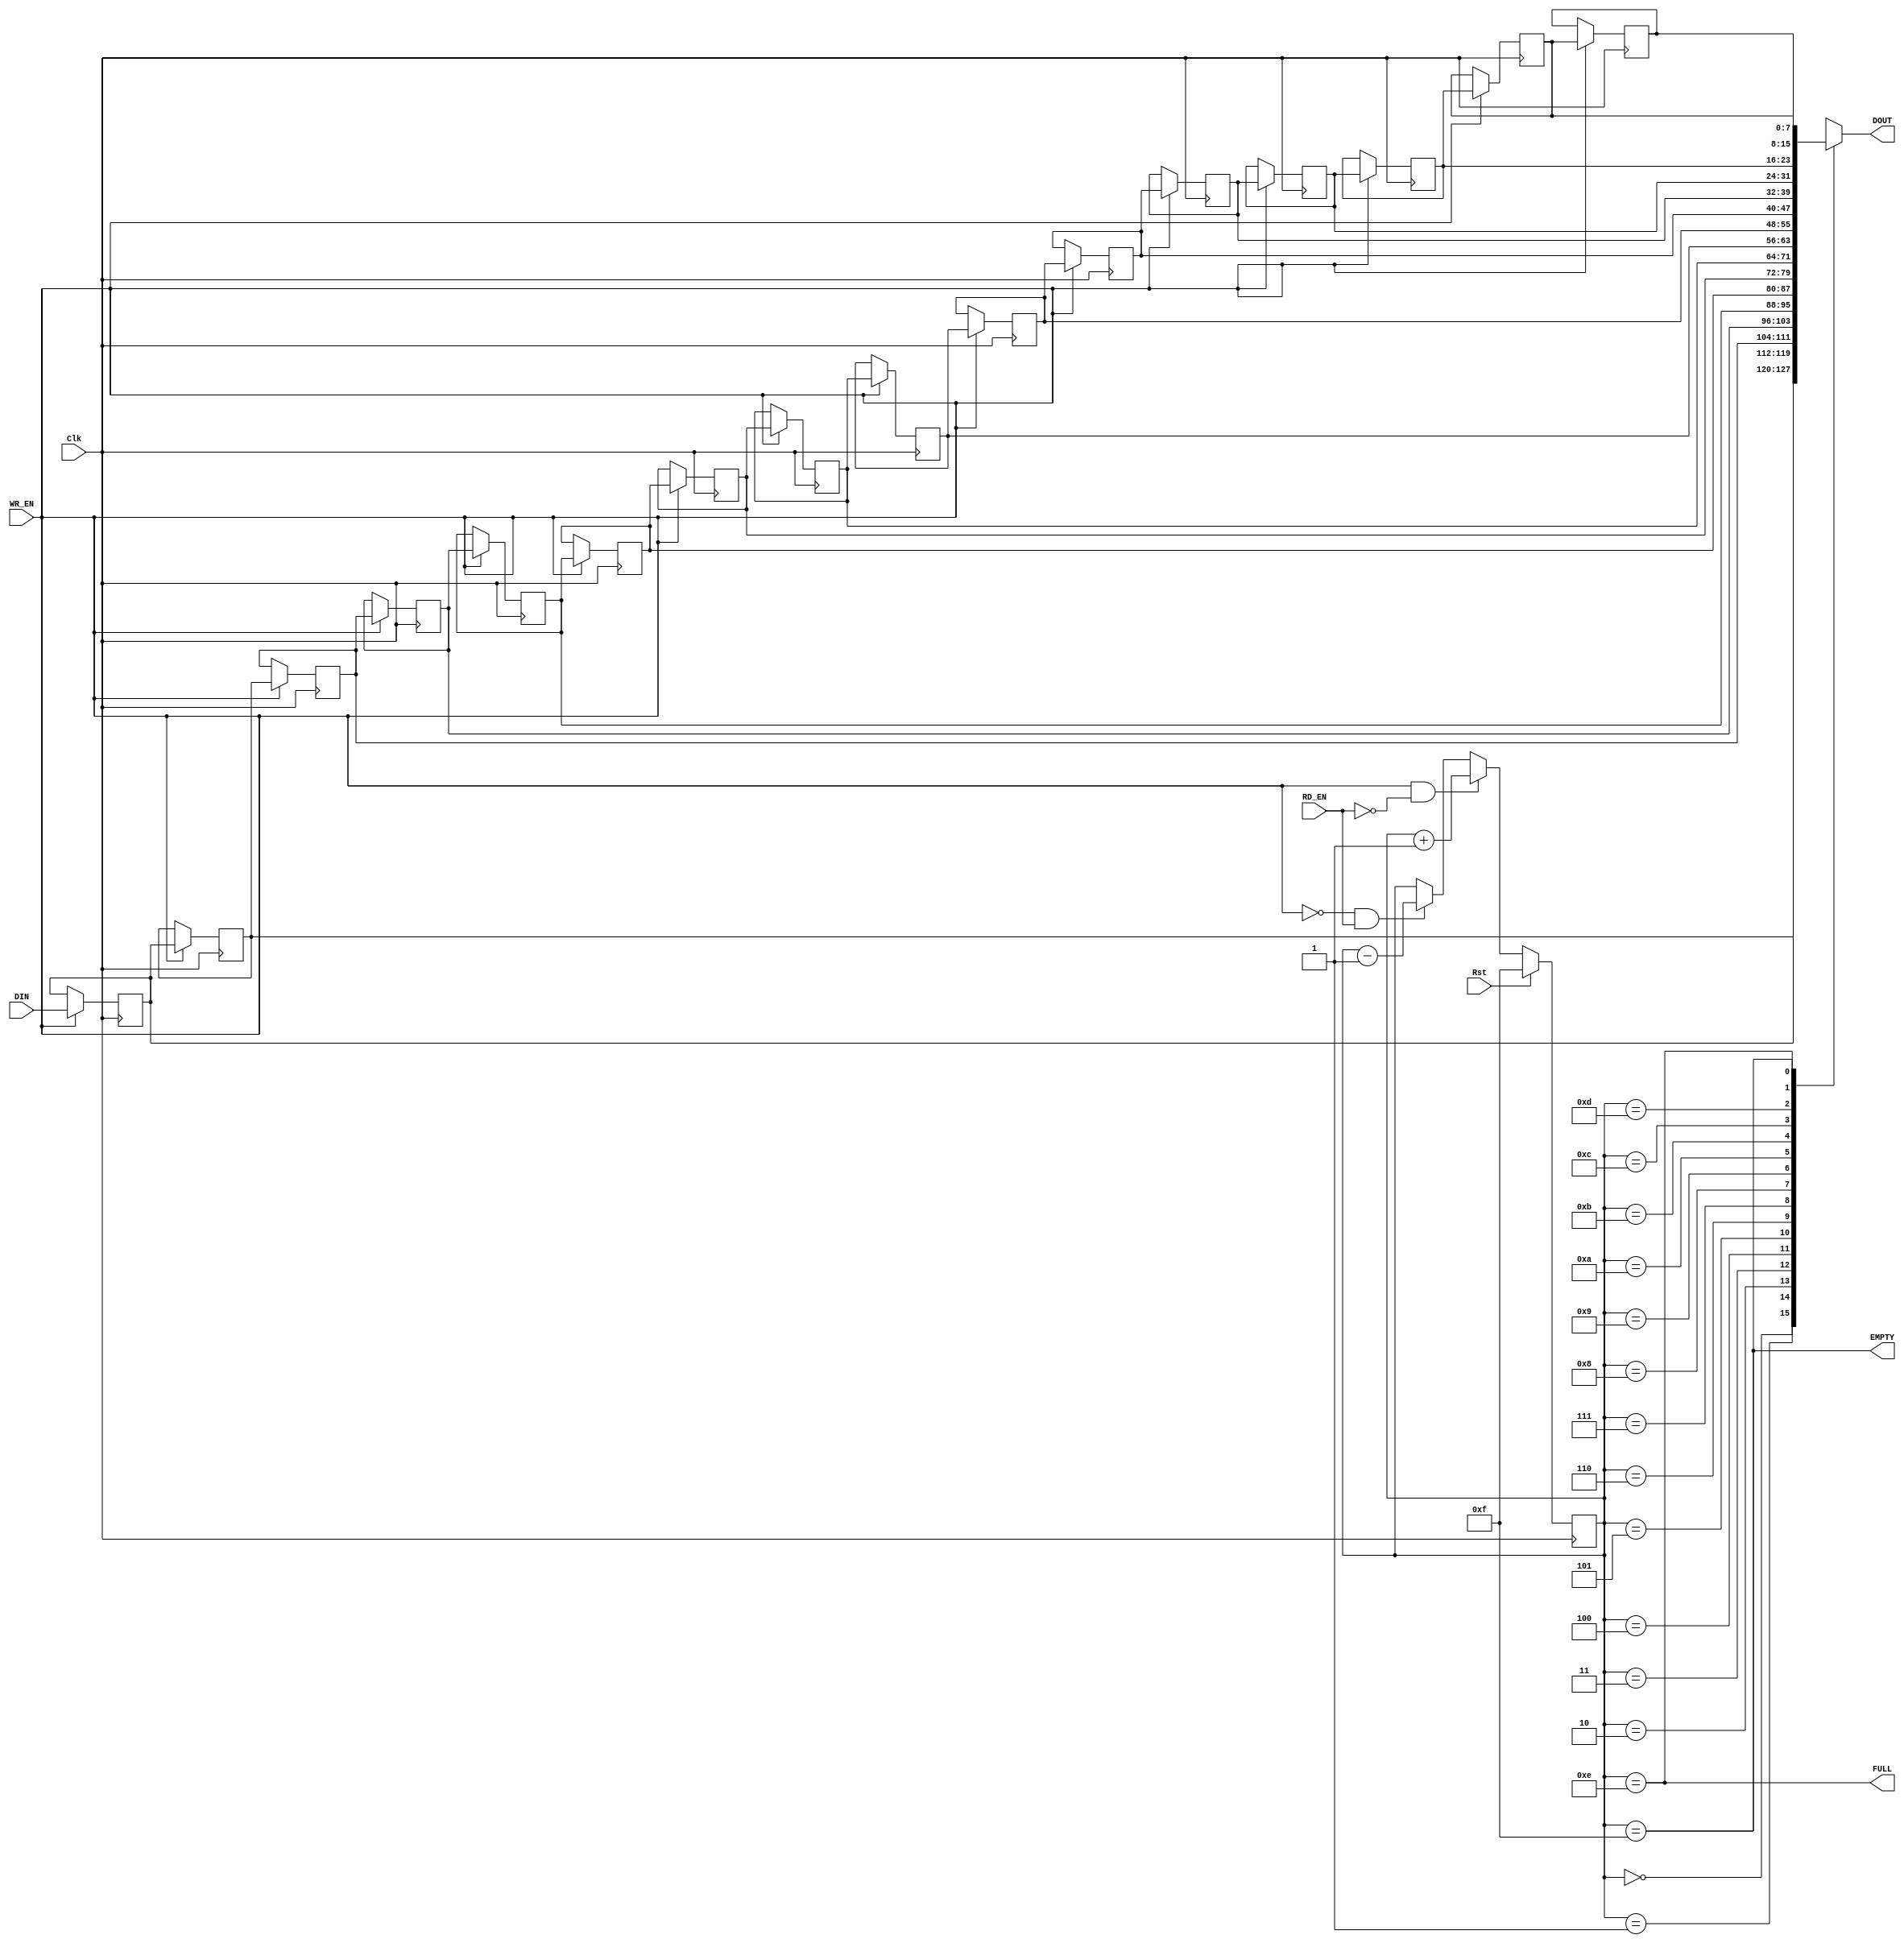
//-----------------------------------------------------------------------------
//-- (c) Copyright 2006 - 2009 Xilinx, Inc. All rights reserved.
//--
//-- This file contains confidential and proprietary information
//-- of Xilinx, Inc. and is protected under U.S. and
//-- international copyright and other intellectual property
//-- laws.
//--
//-- DISCLAIMER
//-- This disclaimer is not a license and does not grant any
//-- rights to the materials distributed herewith. Except as
//-- otherwise provided in a valid license issued to you by
//-- Xilinx, and to the maximum extent permitted by applicable
//-- law: (1) THESE MATERIALS ARE MADE AVAILABLE "AS IS" AND
//-- WITH ALL FAULTS, AND XILINX HEREBY DISCLAIMS ALL WARRANTIES
//-- AND CONDITIONS, EXPRESS, IMPLIED, OR STATUTORY, INCLUDING
//-- BUT NOT LIMITED TO WARRANTIES OF MERCHANTABILITY, NON-
//-- INFRINGEMENT, OR FITNESS FOR ANY PARTICULAR PURPOSE; and
//-- (2) Xilinx shall not be liable (whether in contract or tort,
//-- including negligence, or under any other theory of
//-- liability) for any loss or damage of any kind or nature
//-- related to, arising under or in connection with these
//-- materials, including for any direct, or any indirect,
//-- special, incidental, or consequential loss or damage
//-- (including loss of data, profits, goodwill, or any type of
//-- loss or damage suffered as a result of any action brought
//-- by a third party) even if such damage or loss was
//-- reasonably foreseeable or Xilinx had been advised of the
//-- possibility of the same.
//--
//-- CRITICAL APPLICATIONS
//-- Xilinx products are not designed or intended to be fail-
//-- safe, or for use in any application requiring fail-safe
//-- performance, such as life-support or safety devices or
//-- systems, Class III medical devices, nuclear facilities,
//-- applications related to the deployment of airbags, or any
//-- other applications that could lead to death, personal
//-- injury, or severe property or environmental damage
//-- (individually and collectively, "Critical
//-- Applications"). Customer assumes the sole risk and
//-- liability of any use of Xilinx products in Critical
//-- Applications, subject only to applicable laws and
//-- regulations governing limitations on product liability.
//--
//-- THIS COPYRIGHT NOTICE AND DISCLAIMER MUST BE RETAINED AS
//-- PART OF THIS FILE AT ALL TIMES.
//-----------------------------------------------------------------------------
//Purpose:
//    Synchronous, shallow FIFO that uses SRL16E as a DP Memory.
//    This requires about 1/2 the resources as a Distributed RAM DPRAM 
//    implementation.
//
//    This FIFO will have the current data on the output when data is contained
//    in the FIFO.  When the FIFO is empty, the output data is invalid.
//
//Reference:
//Revision History:
//
//-----------------------------------------------
//
// MODULE:  srl16e_fifo
//
// This is the simplest form of inferring the
// SRL16E/SRL16CE in a Xilinx FPGA.
//
//-----------------------------------------------
`timescale 1ns / 100ps
module srl16e_fifo
 #(parameter
    c_width  = 8,
    c_awidth = 4,
    c_depth  = 16
  )
  (
    input                Clk,       // Main System Clock  (Sync FIFO)
    input                Rst,     // FIFO Counter Reset (Clk
    input                WR_EN,     // FIFO Write Enable  (Clk)
    input                RD_EN,     // FIFO Read Enable   (Clk)
    input  [c_width-1:0] DIN,       // FIFO Data Input    (Clk)
    output [c_width-1:0] DOUT,      // FIFO Data Output   (Clk)
    output               FULL,      // FIFO FULL Status   (Clk)
    output               EMPTY      // FIFO EMPTY Status  (Clk)
  );

///////////////////////////////////////
// FIFO Local Parameters
///////////////////////////////////////
localparam [c_awidth-1:0] c_empty = ~(0);
localparam [c_awidth-1:0] c_full  = c_empty-1;

///////////////////////////////////////
// FIFO Internal Signals
///////////////////////////////////////
reg  [c_width-1:0] memory [c_depth-1:0];
reg [c_awidth-1:0] cnt_read;

///////////////////////////////////////
// Main SRL16E FIFO Array
///////////////////////////////////////
always @(posedge Clk) begin : blkSRL
integer i;
  if (WR_EN) begin
    for (i = 0; i < c_depth-1; i = i + 1) begin
      memory[i+1] <= memory[i];
    end
    memory[0] <= DIN;
  end
end

///////////////////////////////////////
// Read Index Counter
// Up/Down Counter
//  *** Notice that there is no ***
//  *** OVERRUN protection.     ***
///////////////////////////////////////
always @(posedge Clk) begin
  if (Rst) cnt_read <= c_empty;
  else if ( WR_EN & !RD_EN) cnt_read <= cnt_read + 1'b1;
  else if (!WR_EN &  RD_EN) cnt_read <= cnt_read - 1'b1;
end

///////////////////////////////////////
// Status Flags / Outputs
// These could be registered, but would
// increase logic in order to pre-decode
// FULL/EMPTY status.
///////////////////////////////////////
assign FULL  = (cnt_read == c_full);
assign EMPTY = (cnt_read == c_empty);
assign DOUT  = (c_depth == 1) ? memory[0] : memory[cnt_read];

endmodule // srl16e_fifo